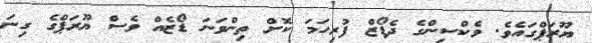
ޔޫރަޕްގައެވެ. ވެކްސިންގެ ދެޑޯޒް ފުރިހަމަ ކޮށް ތިންވަނަ ޑޯޒެއް ވެސް ޔޫރަޕްގެ ގިނަ